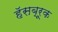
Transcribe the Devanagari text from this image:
हॅसब्रूक